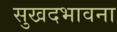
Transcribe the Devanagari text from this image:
सुखदभावना